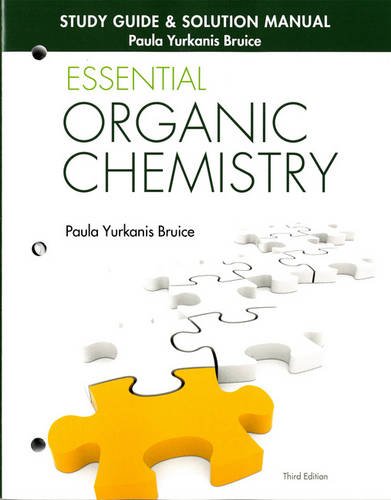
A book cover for Study Guide & Solution Manual for Essential Organic Chemistry (3rd Edition); Paula Yurkanis Bruice; Science & Math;